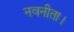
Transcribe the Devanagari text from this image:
नवनीता।